Code of medical and sanitary regulations for the guidance of medical officers serving in the Madras Presidency - Volume I
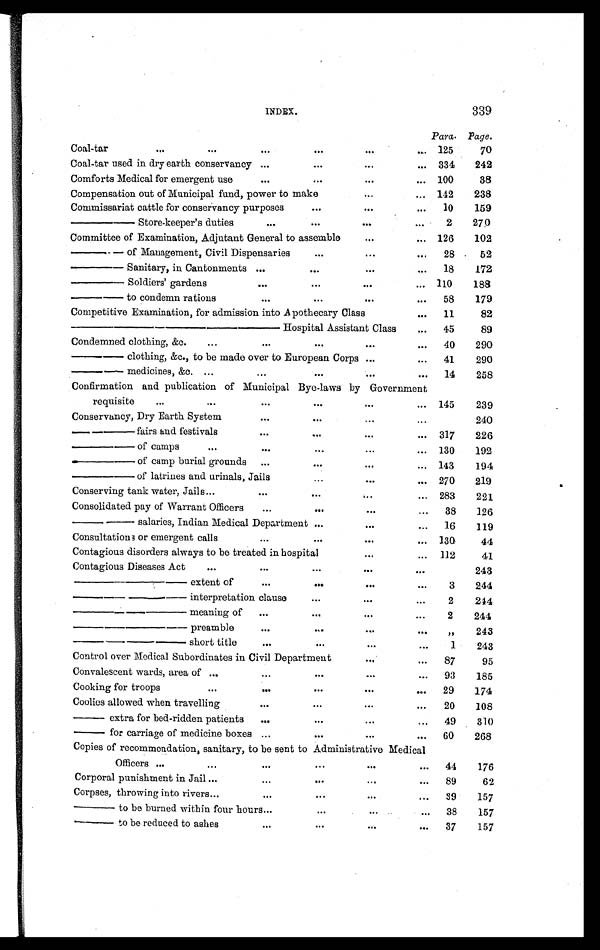
INDEX.
339
Para. Page.
C oal-tar
. . .
. . .
. . . ...
...
...
125
70
Coal-tar used in dry earth conservancy ...
...
...
... 334
242
Comforts Medical for emergent use
. . .
...
...
. . .
100
38
Compensation out of Municipal fund, power to make
...
... 142
238
Commissariat cattle for conservancy purposes
...
...
...
10
159
— — S t o r e - k e e p e r ' s d u t i e s
. . .
...
...
. . .
2
270
Committee of Examination, Adjutant General to assemble
...
... 126
102
—— of Management, Civil Dispensaries
...
...
...
28
52
—— Sanitary, in Cantonments
...
...
...
. . .
18
172
—— Soldiers' gardens
. . .
...
...
... 110
188
—— to condemn rations
. . .
...
...
...
58
179
Competitive Examination, for admission into Apothecary Class
...
11
82
...
45
89
Condemned clothing, &c.
...
. . .
...
...
...
40
290
—— cl ot hi ng, &c. , t o be made over t o European Corps
...
...
41
290
— — m e d i c i n e s , & c .
...
. . .
...
...
...
14
258
Confirmation and publication of Municipal Bye-laws by Government
requisite
. . .
...
...
...
...
... 145
239
Conservancy, Dry Earth System
. . .
...
...
...
240
—— fairs and festivals
...
...
...
... 317
226
— — o f c a m p s
. . .
. . .
...
...
... 130
192
—— of camp burial grounds
...
...
...
...
143
194
— — o f l a t r i n e s a n d u r i n a l s , J a i l s
...
...
. . .
270
219
Conserving tank water, Jails ...
. . .
...
...
... 283
221
Consolidated pay of Warrant Officers
...
...
...
...
38
126
— — s a l a r i e s , I n d i a n M e d i c a l D e p a r t m e n t ...
...
...
16
119
Consultations or emergent call
. . .
...
...
... 130
44
Contagious disorders always to be treated in hospital
...
...
112
41
Contagious Diseases Act
. . .
. . .
...
...
. . .
243
— — — — e x t e n t o f
. . .
...
...
. . .
3
244
———— interpretation clause
...
...
. . .
2
244
— — — — m e a n i n g o f
...
...
...
...
2
244
— — — — p r e a m b l e
. . .
...
...
...
„
243
— — — — s h o r t t i t l e
. . .
...
...
...
1
243
Control over Medical Subordinates in Civil Department
...
...
87
95
Convalescent wards, area of ...
. . .
...
...
...
93
185
Cooking for troops
. . .
...
...
...
...
29
174
Coolies allowed when travelling
. . .
...
...
...
20
108
— e x t r a f o r b e d - r i d d e n p a t i e n t s
...
...
...
...
49
310
— f o r c a r r i a g e o f m e d i c i n e b o x e s . . .
...
...
...
60
268
Copies of recommendation, sanitary, to be sent to Administrative Medical
Officers . . .
...
. . .
...
...
...
44
176
Corporal punishment in Jail ...
...
...
...
...
89
62
Corpses, throwing into rivers ...
. . .
...
...
...
39
157
—— to be burned within four hours ...
...
...
...
38
157
— — t o b e r e d u c e d t o a s h e s
...
...
...
...
37
157